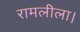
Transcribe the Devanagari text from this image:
रामलीला।